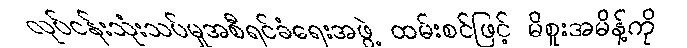
လုပ်ငန်းသုံးသပ်မှုအစီရင်ခံရေးအဖွဲ့ ထမ်းစင်ဖြင့် မိစူးအမိန့်ကို